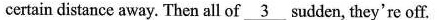
certain distance away. Then all of 3 sudden, they're off.